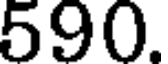
590.